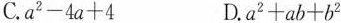
C.$$a ^ { 2 } - 4 a + 4$$ D.$$a ^ { 2 } + a b + b ^ { 2 }$$